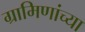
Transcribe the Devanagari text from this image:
ग्रामिणांच्या